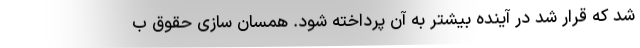
شد که قرار شد در آینده بیشتر به آن پرداخته شود. همسان سازی حقوق ب